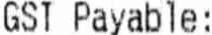
GST PAYABLE: